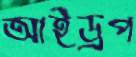
আইড্রপ